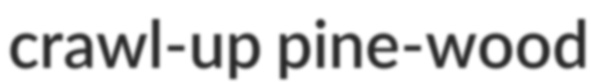
crawl-up pine-wood